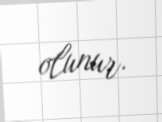
olunur.